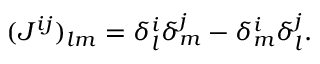
( J ^ { i j } ) _ { l m } = \delta _ { l } ^ { i } \delta _ { m } ^ { j } - \delta _ { m } ^ { i } \delta _ { l } ^ { j } .